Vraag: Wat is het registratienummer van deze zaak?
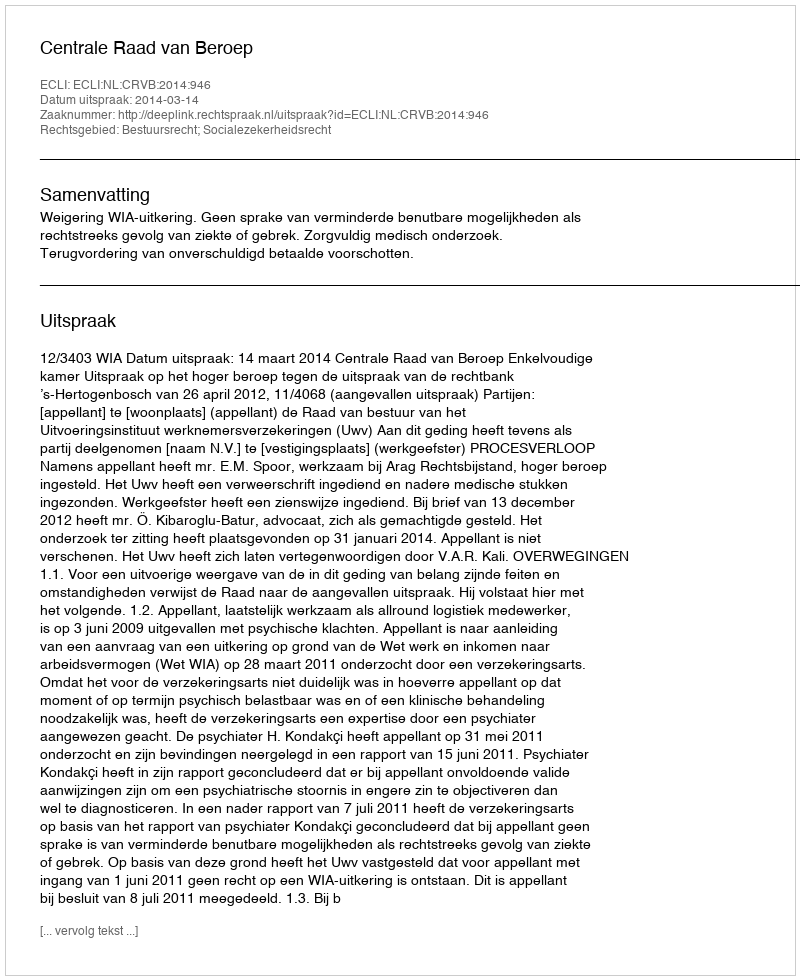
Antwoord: http://deeplink.rechtspraak.nl/uitspraak?id=ECLI:NL:CRVB:2014:946